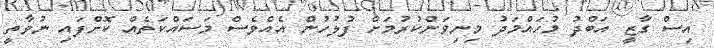
އިސް ގާޒީ އަބްދު މުހައްމަދު މިނިވަންކުރުމަށް ފުލުހުން އެއްވެސް މަސައްކަތެއް ކޮށްފައި ނުވާތީ